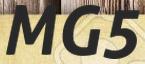
MG5